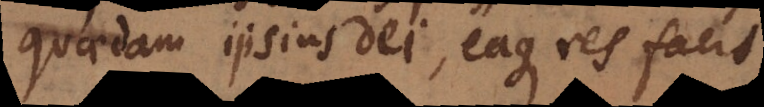
quaedam ipsius Dei, eaque res facit,